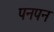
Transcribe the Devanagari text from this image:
पनपन